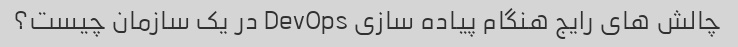
چالش های رایج هنگام پیاده سازی DevOps در یک سازمان چیست؟